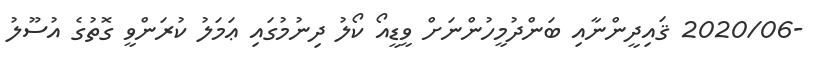
-2020/06 ޤައިދީންނާއި ބަންދުމީހުންނަށް ވީޑީއޯ ކޯލު ދިނުމުގައި ޢަމަލު ކުރަންވީ ގޮތުގެ އުސޫލު